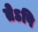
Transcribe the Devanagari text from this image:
तेऽपि